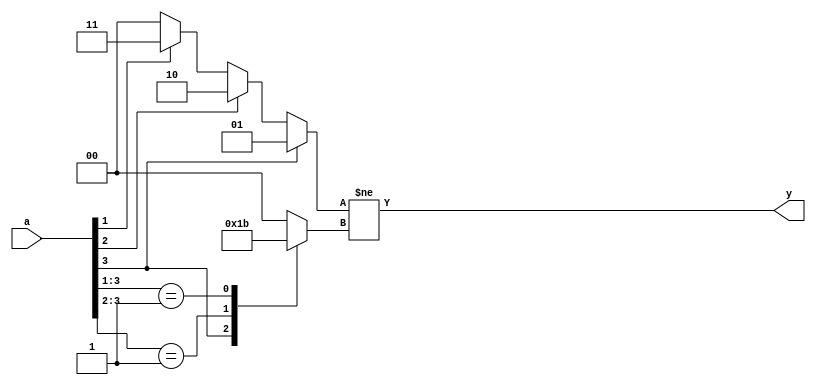
module example002(a, y);
input [3:0] a;
output y;
reg [1:0] t1, t2;
always @* begin
	casex (a)
		16'b1xxx:
			t1 <= 1;
		16'bx1xx:
			t1 <= 2;
		16'bxx1x:
			t1 <= 3;
		16'bxxx1:
			t1 <= 4;
		default:
			t1 <= 0;
	endcase
	casex (a)
		16'b1xxx:
			t2 <= 1;
		16'b01xx:
			t2 <= 2;
		16'b001x:
			t2 <= 3;
		16'b0001:
			t2 <= 4;
		default:
			t2 <= 0;
	endcase
end
assign y = t1 != t2;
endmodule